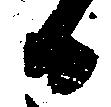
日